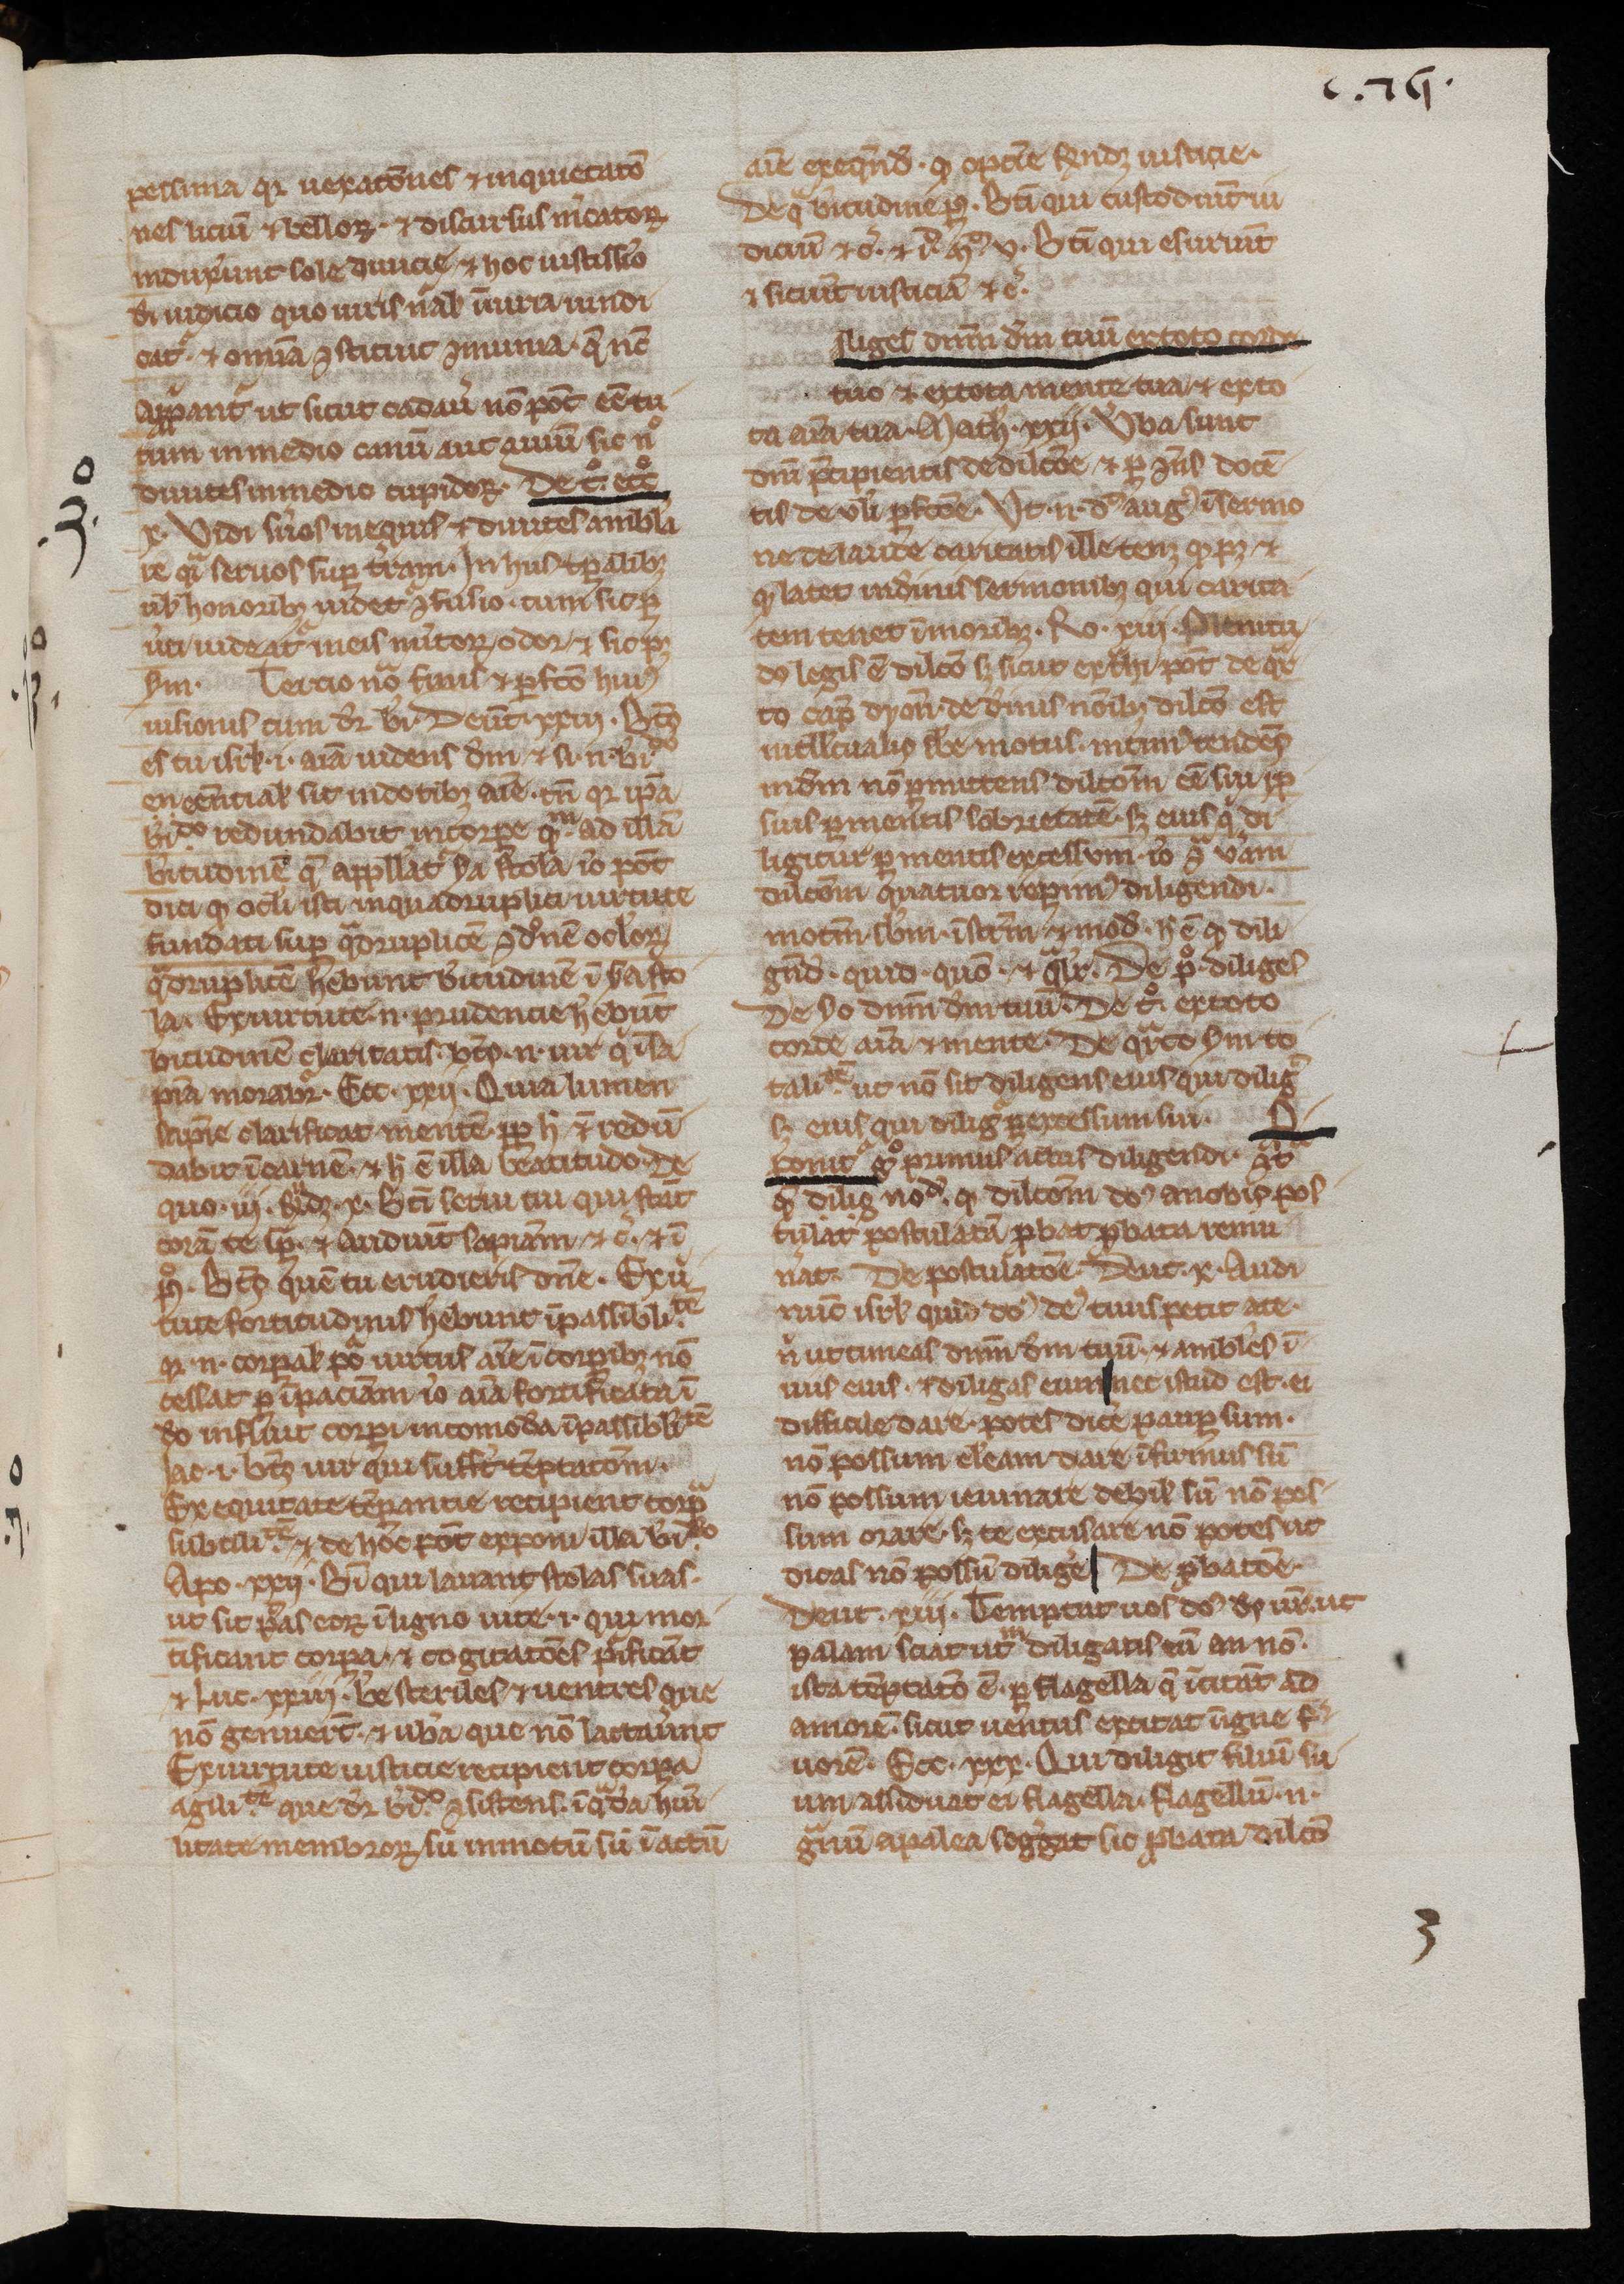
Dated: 1200–1299